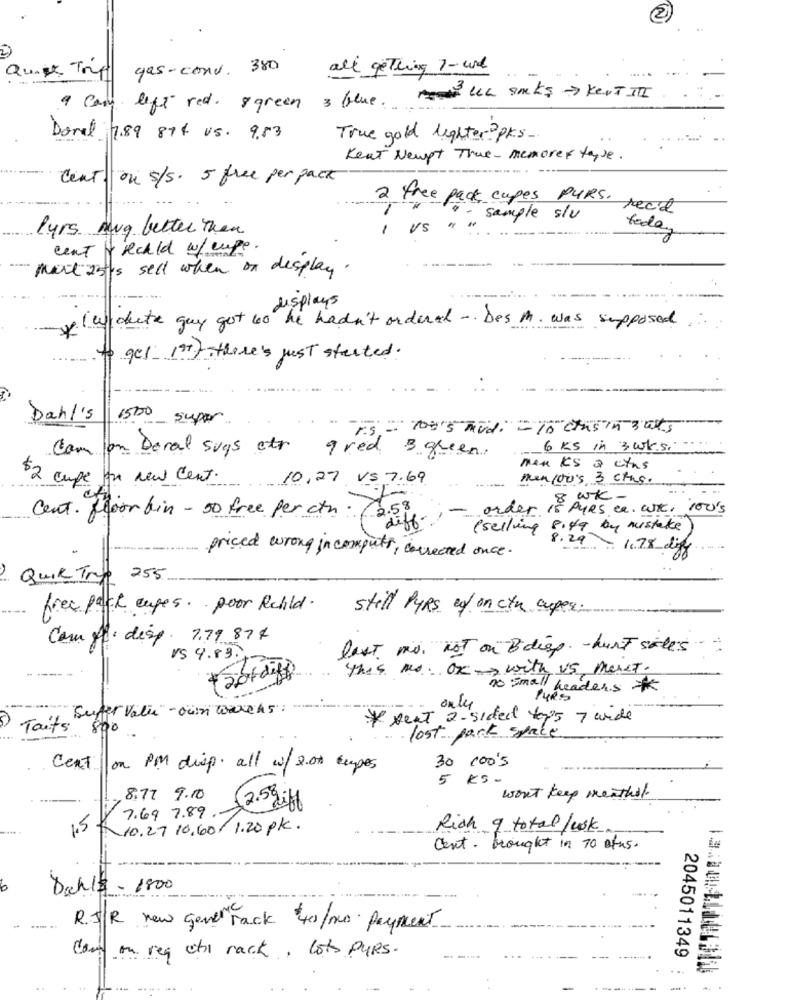
2)
gas-conv. 380
all getting 1-wie
9 Cam left red. & green & blue. lek saks > kent III
Doral 7.89 874 u.s. 9.53
True gold lighter ?pks
Keat Newpt True - memorex tayse.
Cent ou s/s. 5 free per pack
2 free pack capes PURS.
read
sample siv
Purs mug better then
Us
today
cent frechld w/ cupe
Mat 25/5 sell when on display.
displays
la cute guy got 40 he hadn't orderal -. Des M. was supposed
to ges 1stf there's just started.
Dahl's
1500
super
PS = 1005 midi - 10 casin 3 ats
com
6 ks in 3 wksi
Doral sugs ett 9 red 3 green.
mex ks a ctas
$2 cupe for new cent.
10.27 VS 7.69
men 100's 3 cms.
8 wk-
Cent. floor bin - 50 free per cth . 72
order is PURS ce. WK. 100's
diff.
(selling 8:49 by mistake
8.29 - 1.78 digg
priced wrong in computer, corrected once.
QUIR True 255
free pack capes. poor Rechild.
still PyRs of on ctu cuper:
Com A: desp. 7.79 87 4
lest mo. not on B diep. - hurt siles
r$ 9.83.
----
+ 20 diff
this ms. OK with US, meret.
no small headers *
PURS
"Sufer value" - oun warehs": "
only
* seat 2-sided tops 7 wide
Taits 800
lost park space
Cent
on PM disp. all w/ 2.07 cupos
30 100's
5 KS.
8.77 9.10
2.5 giff
won't keep menthol.
1.5
7.69 7.89.
10.27 10.60/ 1.20 pk.
Rich 9 total look
Cent. brought in 70 atus.
6
Dahls - 1800
R. JR new gente rack 40/mo payment
Com on req et rack, lots PURS.
2045011349